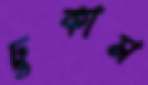
ঢুকাস